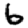
Digit: 6